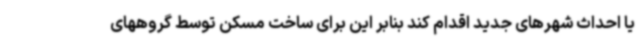
یا احداث شهرهای جدید اقدام کند بنابر این برای ساخت مسکن توسط گروههای